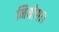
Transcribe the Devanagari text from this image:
नियोगा।